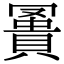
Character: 𧷅